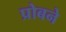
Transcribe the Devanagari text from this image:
प्रोबने